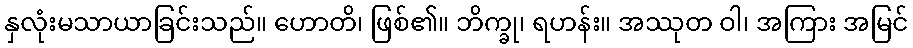
နှလုံးမသာယာခြင်းသည်။ ဟောတိ၊ ဖြစ်၏။ ဘိက္ခု၊ ရဟန်း။ အဿုတ ဝါ၊ အကြား အမြင်